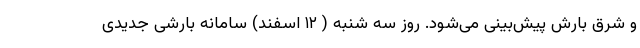
و شرق بارش پیش‌بینی می‌شود. روز سه شنبه ( ۱۲ اسفند) سامانه بارشی جدیدی